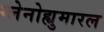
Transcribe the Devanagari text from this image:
ग्लेनोह्युमारल